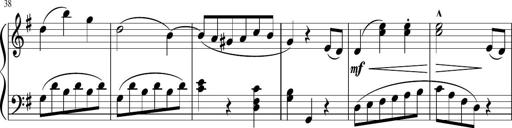
Title: 3 Sonatinen
Composer: Heinrich Lichner